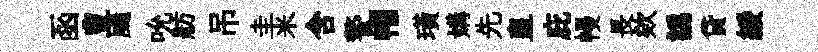
函豊颺吮舫吊圭米含警帽璜媾先皇庇幔長欸譌貸綏